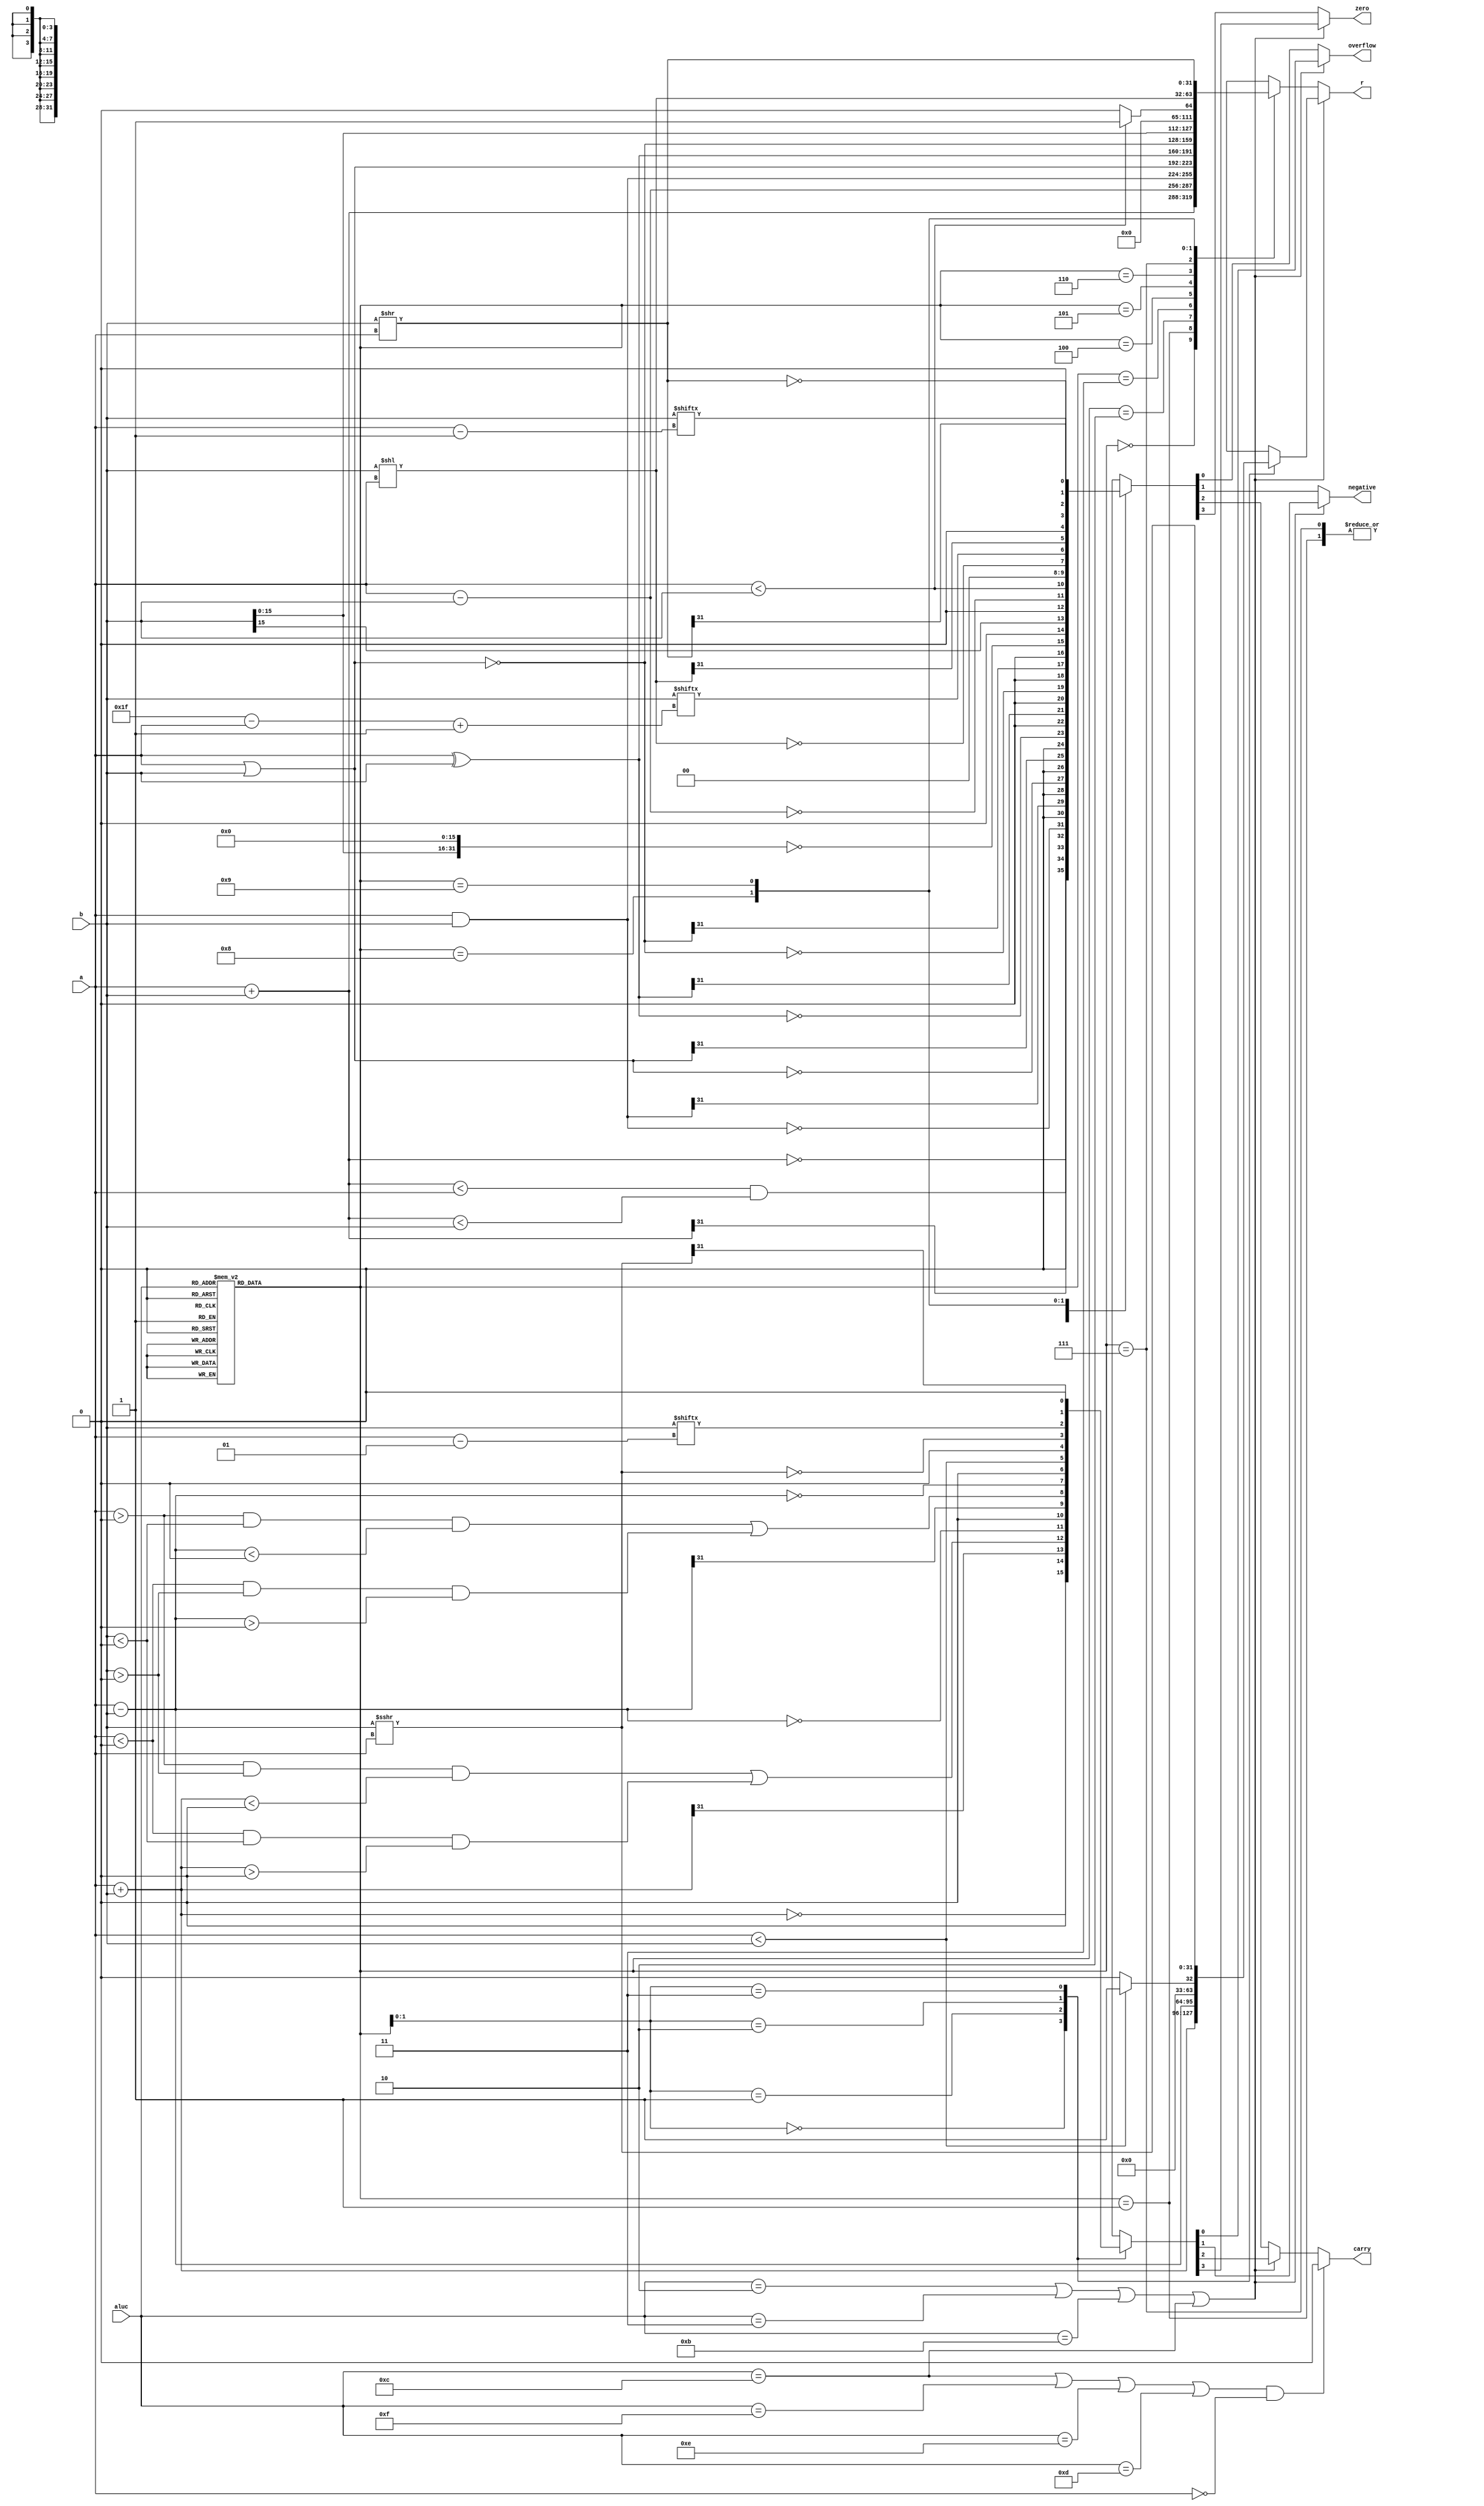
`timescale 1ns / 1ps
//////////////////////////////////////////////////////////////////////////////////
// Company: 
// Engineer: 
// 
// Design Name: 
// Module Name: ALU
// Project Name: 
// Target Devices: 
// Tool Versions: 
// Description: 
// 
// Dependencies: 
// 
// Revision:
// Revision 0.01 - File Created
// Additional Comments:
// 
//////////////////////////////////////////////////////////////////////////////////

module ALU(
input  [31:0] a,
input  [31:0] b,
input  [3:0] aluc,
output reg [31:0] r,
output reg zero,
output reg carry,
output reg negative,
output reg overflow
    );
    
    wire signed [31:0]aa;
    wire signed [31:0]bb;
    wire [31:0]memu[9:0];
    wire [3:0]zcnou[9:0];
    wire signed [31:0]mem[3:0];
    wire [3:0]zcno[3:0]; 
    reg [3:0]choose;
    
    //0//
    assign memu[0]=a+b;
    assign zcnou[0][3]=(!memu[0]);
    assign zcnou[0][2]=(memu[0]<a&&memu[0]<b);
    assign zcnou[0][1]=memu[0][31];
    assign zcnou[0][0]=0;
    
    //0//
   assign aa=a;
   assign bb=b; 
   assign mem[0]=aa+bb;
   assign zcno[0][3]=(!mem[0]);
   assign zcno[0][2]=0;
   assign zcno[0][1]=mem[0][31];
   assign zcno[0][0]=((aa>0&&bb>0&&mem[0]<0)||(aa<0&&bb<0&&mem[0]>0));
    
    //1//
    assign memu[1]=a-b;
    assign zcnou[1][3]=(!memu[1]);
    assign zcnou[1][2]=(a<b);
    assign zcnou[1][1]=0;
    assign zcnou[1][0]=0;
    
    //1//
    assign aa=a;
    assign bb=b; 
    assign mem[1]=aa-bb;
    assign zcno[1][3]=(!mem[1]);
    assign zcno[1][2]=0;
    assign zcno[1][1]=mem[1][31];
    assign zcno[1][0]=((aa>0&&bb<0&&mem[1]<0)||(aa<0&&bb>0&&mem[1]>0));   
    
    //2//
    assign memu[2]=a&b;
    assign zcnou[2][3]=(!memu[2]);
    assign zcnou[2][2]=0;
    assign zcnou[2][1]=memu[2][31];
    assign zcnou[2][0]=0;
    
    //3//
    assign memu[3]=a|b;
    assign zcnou[3][3]=(!memu[3]);
    assign zcnou[3][2]=0;
    assign zcnou[3][1]=memu[3][31];
    assign zcnou[3][0]=0;
    
    //4//
    assign memu[4]=a^b;
    assign zcnou[4][3]=(!memu[4]);
    assign zcnou[4][2]=0;
    assign zcnou[4][1]=memu[4][31];
    assign zcnou[4][0]=0;
    
    //5//
    assign memu[5]=~(a|b);
    assign zcnou[5][3]=(!memu[5]);
    assign zcnou[5][2]=0;
    assign zcnou[5][1]=memu[5][31];
    assign zcnou[5][0]=0;
    
    //6lui//
    assign memu[6]={b[15:0],16'b0};
    assign zcnou[6][3]=(!memu[6]);
    assign zcnou[6][2]=0;
    assign zcnou[6][1]=memu[6][31];
    assign zcnou[6][0]=0;
   
    //7sltu//
    assign memu[7]=(a<b)?1:0;
    assign zcnou[7][3]=(!(a-b));
    assign zcnou[7][2]=(a<b);
    assign zcnou[7][1]=0;
    assign zcnou[7][0]=0;
    
    //2slt//
    assign bb=b;
    assign aa=a;
    assign mem[2]=(aa<bb)?1:0;
    assign zcno[2][3]=(!(aa-bb));
    assign zcno[2][2]=0;
    assign zcno[2][1]=(aa<bb);
    assign zcno[2][0]=0;
    
    //3//
        assign bb=b;
        assign aa=a;
        assign zcno[3][2]=bb[aa-1];
        assign mem[3]=bb>>>aa;
        assign zcno[3][3]=(!mem[3]);
        assign zcno[3][1]=mem[3][31];
        assign zcno[3][0]=0;    
    
    //8//
        assign zcnou[8][2]=b[31-a+1];
        assign memu[8]=b<<a;
        assign zcnou[8][3]=(!memu[8]);
        assign zcnou[8][1]=memu[8][31];
        assign zcnou[8][0]=0;    
    
    //9//
           assign zcnou[9][2]=b[a-1];
           assign memu[9]=b>>a;
           assign zcnou[9][3]=(!memu[9]);
           assign zcnou[9][1]=memu[9][31];
           assign zcnou[9][0]=0;    
           
       always@(*)
       begin
            case(aluc)
            ////
            4'b0000:choose=0;
               
               ////
             4'b0010:choose=0;
               
               
               ////
              4'b0001:choose=1;
               
               ////
              4'b0011:choose=1;
               
               ////
              4'b0100:choose=2;
               
               ////
              4'b0101:choose=3;
               
               ////
              4'b0110:choose=4; 
               
               ////
              4'b0111:choose=5;
               
                
               ////
               4'b1001:choose=6;
               4'b1000:choose=6;
                 
                
               ////
               4'b1011:choose=2;
               
               ////
               4'b1010:choose=7;
               
               ////
               4'b1100:choose=3;
               
               ////
               4'b1111:choose=8;
               4'b1110:choose=8;
               
               ////
               4'b1101:choose=9; 
            endcase
            
            if(aluc==2||aluc==3||aluc==11||aluc==12)
            begin
                r=mem[choose];
                zero=zcno[choose][3];
                carry=zcno[choose][2];
                negative=zcno[choose][1];
                overflow=zcno[choose][0];
            end
            else
            begin
                 r=memu[choose];
                 zero=zcnou[choose][3];
                 carry=zcnou[choose][2];
                 negative=zcnou[choose][1];
                 overflow=zcnou[choose][0];
            end
            
            if((aluc==4'b1100||aluc==4'b1111||aluc==4'b1110||aluc==4'b1101)&&!a)
                carry=0;
 
       end    

endmodule